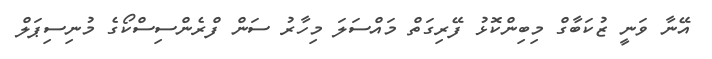
އޭނާ ވަނީ ޒުކަބާގް މިބިންކޮޅު ފޭރިގަތް މައްސަލަ މިހާރު ސަން ފްރެންސިސްކޯގެ މުނިސިޕަލް